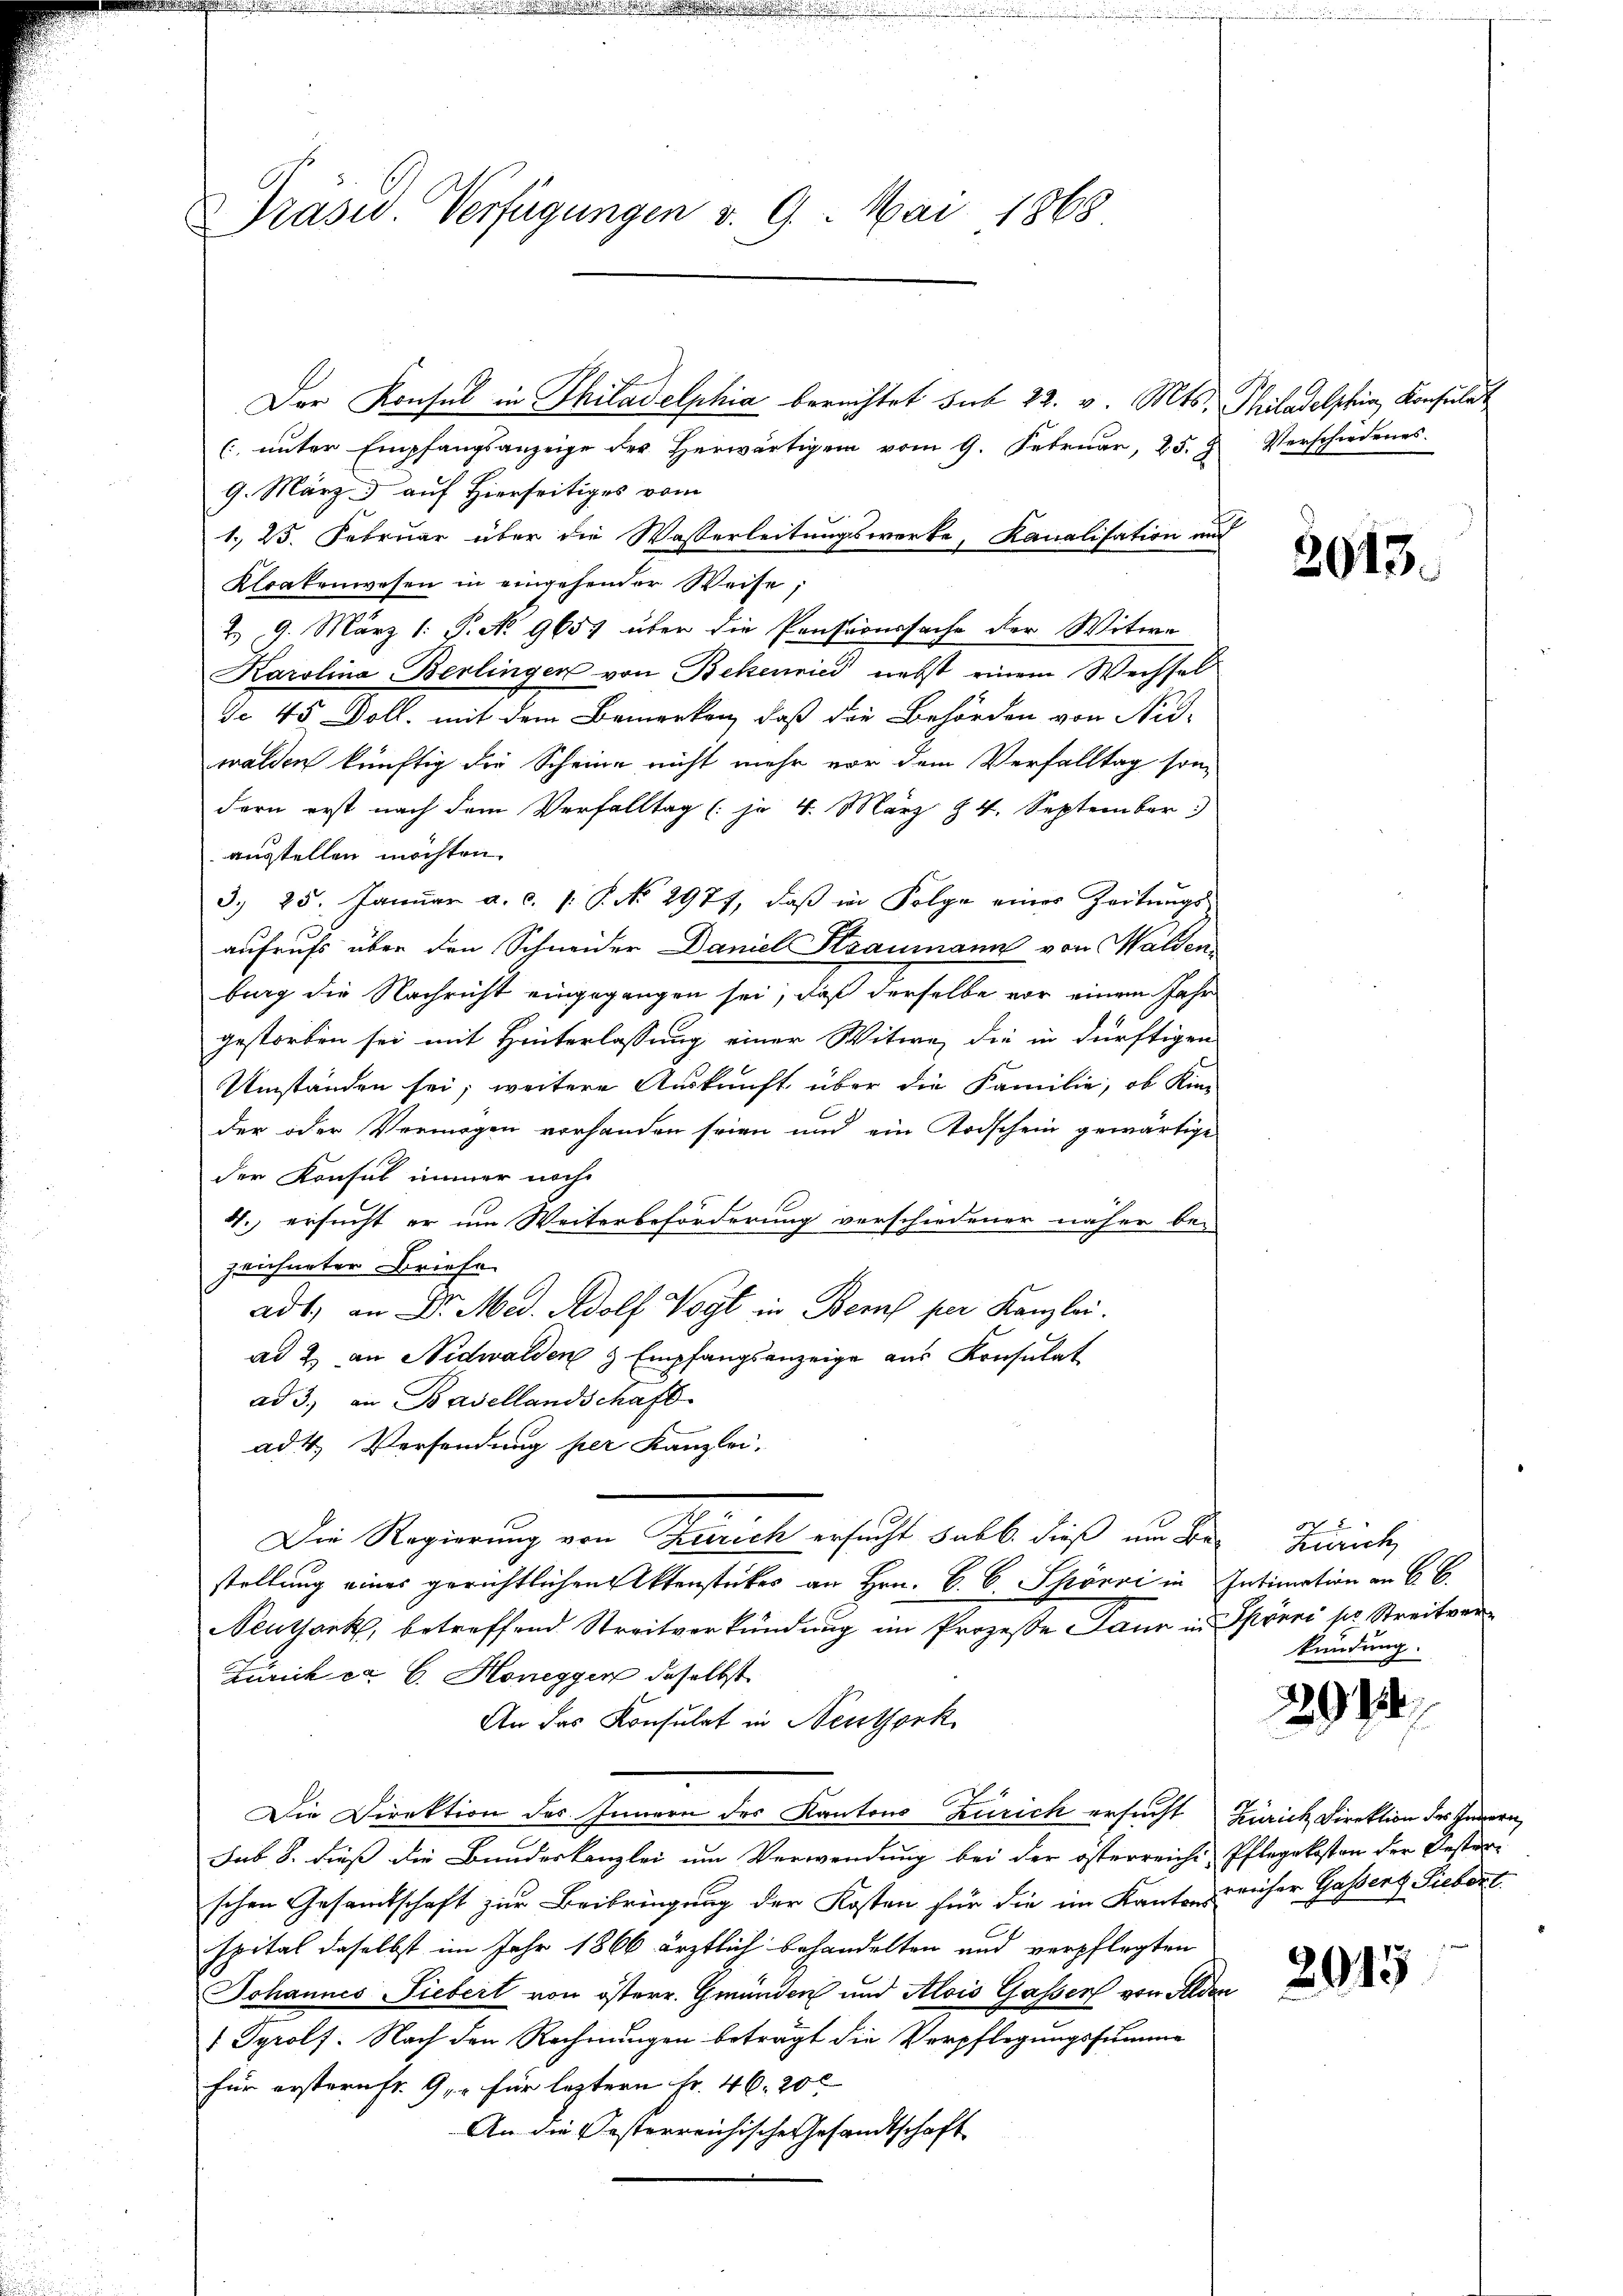
Prasid. Verfügungen v. 9. Mai 1868

Der Konsul in Philadelphia berechtet sub 22. v. Mts. Philadelphin, Konsulat
(unter Empfangsanzeige der Herwärtigen vom 9. Februar, 25. Verschiedenes.
9. März & auf Hierseitiges vom
1. 25. Februar über die Wasserleitungswerke, Kanalisation und
Kloakenwesen in eingehender Weise;
2, 9. März 1: P. No 965 über die Pensionssache der Witwe
Karolina Berlingen von Bekenried nebst einem Wechsel
Se 45 Doll, mit dem Bemerken, daß die Behörden von Nid-
walden künftig die Scheine nicht mehr vor dem Verfalltag son
dern erst nach dem Verfalltag (je 4. März Z. 4. September
ausstellen möchten.
3. 25. Janŭar a. c. v. P. No. 2977, daβ in Folge eines Zeitŭngs-
aufrufs über den Schneider Daniel Straumann von Walden
burg die Nachricht eingegangen sei, daß derselbe vor einem Jahr
gestorben sei mit Hinterlassung einer Witwe, die in dürftigen
Umständen sei; weitere Auskunft über die Familie, ob Kin-
der oder Vermögen vorhanden seien und ein Todschein gewärtige
der Konsul immer noch
4. ersucht er um Weiterbeförderung verschiedener näher bei
zeichneter Briefe
ad 1., an Dr. Med. Adolf Vogt in Bem per Kanzlei.
ad 2. an Nidwalden & Empfangsanzeige aus Konsulat
ad 3., an Basellandschaft
ad 4. Versendung per Kanzlei-
Die Regierung von Herreich ersucht halb dieß um des Zürich
stellung eines gerichtlichen Aktenstückes an Hrn. B. b. Spörri in Intimation an 6 B.
Teutsank, betreffend Streitverkündung im Prozesse Jaun in Spörri pr. Streitver¬
Zürich ca 6. Honeggen daselbst
An das Konsulat in Neuthork
Die Direktion des Innern des Kantons Zürich ersucht Zürich Direktion des Innern,
Jab 8. dieß die Bundeskanzlei um Verwendung bei der österreichi, Pflegekosten der Besterschen Gesamtschaft zur Beibringung der Kosten für die im Kantonsreicher Gassers Siebert
spital daselbst im Jahr 1866 ärztlich behandelten und verpflegten
Johannes Liebert von österr. Gmünden und Alois Gasser von Alden
Pyrolf. Nach den Rechnungen betragt die Verpflegungssumme
für erstern fr. 9, für leztern Fr. 46. 200
An die Festerreichische Gesandtschaft

2013.

kündung.

291.

2015